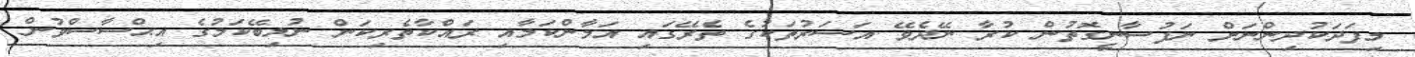
މިފަދަކުދިންނަށް ނަފުސާނީގޮތުން ކުރާ ނޭދެވޭ އަސަރުތަކުގެ ތެރޭގައި އަމާންކަމާއި ރައްކާތެރިކަން ނުލިބޭކަމުގެ އިޙްސާސްވުން